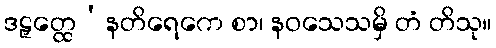
ဒဠှတ္ထေ’နတိရေကေ စာ၊ နဝသေသမှိ တံ တိသု။